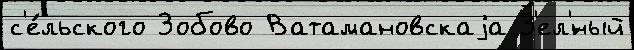
с'е́льского Зобово Ватамановскаjа З'ел'́ный